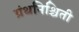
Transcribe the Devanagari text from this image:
ग्रंथनिश्चिती